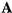
A